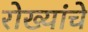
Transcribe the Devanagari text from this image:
रोख्यांचे